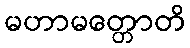
မဟာမတ္တောတိ